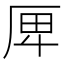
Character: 𠩶